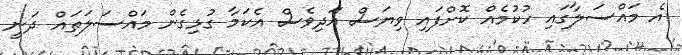
އެ މައްސަލާގައި ހުކުމެއް ކޮށްފައި ވިޔަސް އަދިވެސް އެކަމާ ގުޅިގެން މައްސަލަތައް ދަނީ